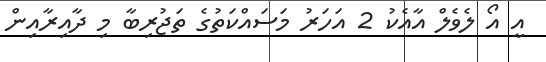
އީ އޯ ލެވެލް އާއެކު 2 އަހަރު މަސައްކަތުގެ ތަޖުރިބާ މި ދާއިރާއިން